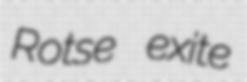
Rotse exite